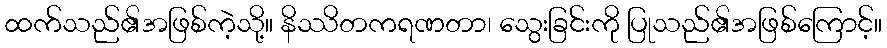
ထက်သည်၏အဖြစ်ကဲ့သို့။ နိဿိတကရဏတာ၊ သွေးခြင်းကို ပြုသည်၏အဖြစ်ကြောင့်။